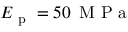
E _ { \mathrm { ~ p ~ } } = 5 0 \, \mathrm { ~ M ~ P ~ a ~ }